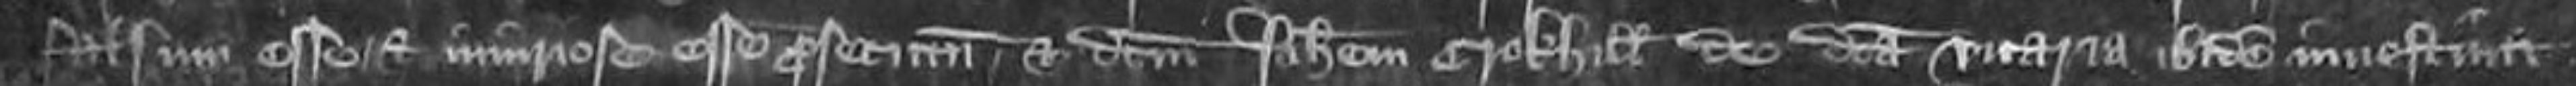
falsum esse et iniuriose esse prefectum et dictum Johannem Crokhill de dicta vicariam ibidem investuit